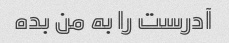
آدرست را به من بده